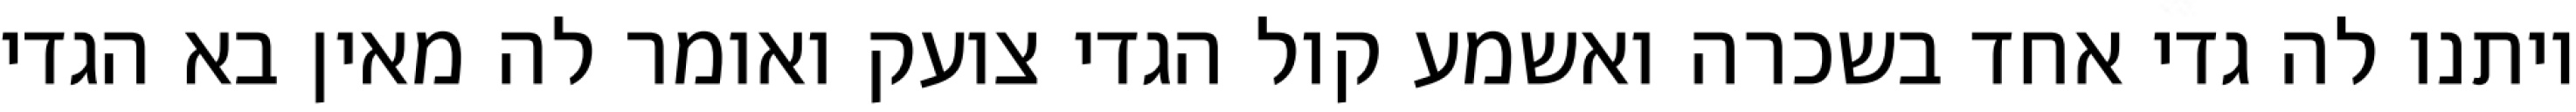
ויתנו לה גדי אחד בשכרה ואשמע קול הגדי צועק ואומר לה מאין בא הגדי